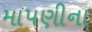
માપણીના